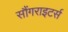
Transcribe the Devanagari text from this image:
सौंगराइटर्स